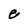
Character: e